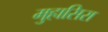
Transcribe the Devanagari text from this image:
मुहासिरा